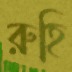
রুহি